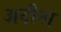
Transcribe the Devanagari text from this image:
अदीना